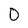
Character: 0